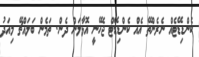
ކެންޑިޑޭޓެއް ނެރެންތޭ އެއް ކެންޑިޑޭޓް ޖެހޭނީ އޮޅާލަން ދެން. ތަމެން ބަލައްޗޭ މިއަދު